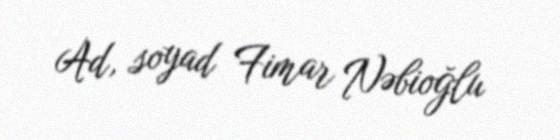
Ad, soyad Fimar Nəbioğlu